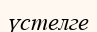
үстелге